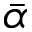
\Bar { \alpha }